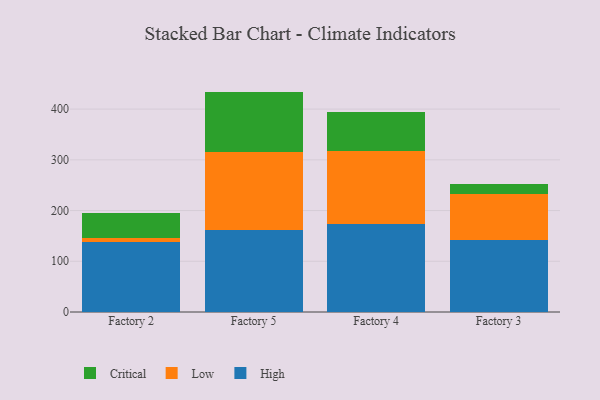
{"axis": {"x": "Factory", "y": "Satisfaction Score"}, "legend": ["Critical", "High", "Low"], "data": [{"x": "Factory 2", "y": 138.7, "type": "High"}, {"x": "Factory 2", "y": 8.1, "type": "Low"}, {"x": "Factory 2", "y": 47.6, "type": "Critical"}, {"x": "Factory 5", "y": 160.9, "type": "High"}, {"x": "Factory 5", "y": 154.4, "type": "Low"}, {"x": "Factory 5", "y": 119.2, "type": "Critical"}, {"x": "Factory 4", "y": 173.1, "type": "High"}, {"x": "Factory 4", "y": 144.2, "type": "Low"}, {"x": "Factory 4", "y": 76.9, "type": "Critical"}, {"x": "Factory 3", "y": 142.0, "type": "High"}, {"x": "Factory 3", "y": 89.9, "type": "Low"}, {"x": "Factory 3", "y": 20.0, "type": "Critical"}]}